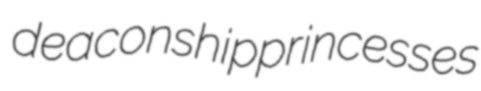
deaconship princesses